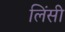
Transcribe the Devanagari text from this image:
लिंसी